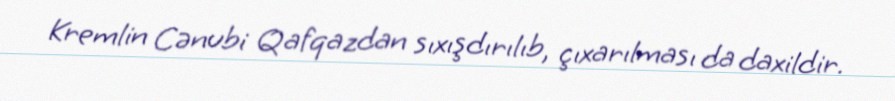
Kremlin Cənubi Qafqazdan sıxışdırılıb, çıxarılması da daxildir.